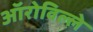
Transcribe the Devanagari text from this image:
ऑरोविल्ले